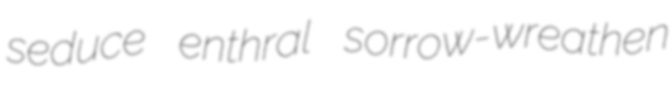
seduce enthral sorrow-wreathen